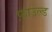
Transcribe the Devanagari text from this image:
फ़ाउल्ड